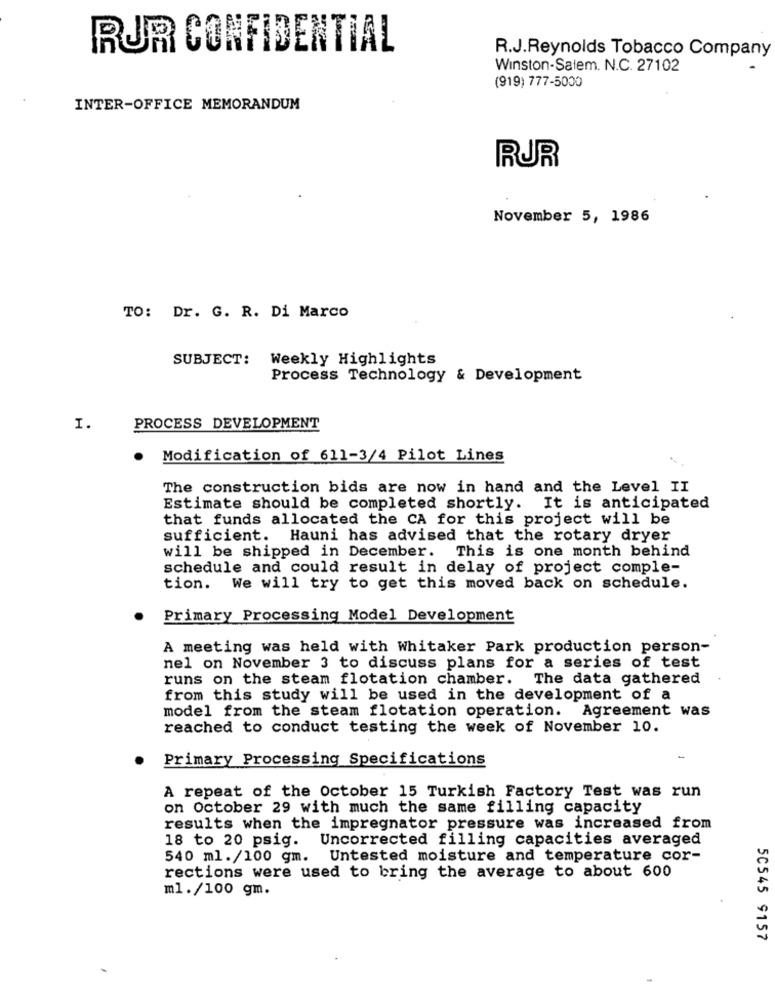
RUR CONFIDENTIAL
R.J.Reynolds Tobacco Company
Winston-Salem. N.C. 27102
(919) 777-5000
INTER-OFFICE MEMORANDUM
RUR
November 5, 1986
TO: Dr. G. R. Di Marco
SUBJECT:
Weekly Highlights
Process Technology & Development
I.
PROCESS DEVELOPMENT
Modification of 611-3/4 Pilot Lines
The construction bids are now in hand and the Level II
Estimate should be completed shortly. It is anticipated
that funds allocated the CA for this project will be
sufficient. Hauni has advised that the rotary dryer
will be shipped in December. This is one month behind
schedule and could result in delay of project comple-
tion. We will try to get this moved back on schedule.
Primary Processing Model Development
A meeting was held with Whitaker Park production person-
nel on November 3 to discuss plans for a series of test
runs on the steam flotation chamber. The data gathered
from this study will be used in the development of a
model from the steam flotation operation. Agreement was
reached to conduct testing the week of November 10.
Primary Processing Specifications
A repeat of the October 15 Turkish Factory Test was run
on October 29 with much the same filling capacity
results when the impregnator pressure was increased from
18 to 20 psig. Uncorrected filling capacities averaged
540 ml./100 gm.
Untested moisture and temperature cor-
rections were used to bring the average to about 600
ml./100 gm.
50545 9157